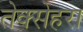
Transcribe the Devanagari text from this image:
तेक्सेहरा